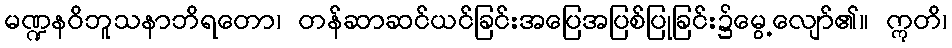
မဏ္ဍနဝိဘူသနာဘိရတော၊ တန်ဆာဆင်ယင်ခြင်းအပြေအပြစ်ပြုခြင်း၌မွေ့လျော်၏။ ဣတိ၊